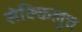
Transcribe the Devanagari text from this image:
सेक्किलुत्त